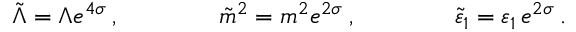
\tilde { \Lambda } = \Lambda e ^ { 4 \sigma } \: , \qquad \qquad \tilde { m } ^ { 2 } = m ^ { 2 } e ^ { 2 \sigma } \: , \qquad \qquad \tilde { \varepsilon } _ { 1 } = \varepsilon _ { 1 } \, e ^ { 2 \sigma } \: . \nonumber